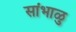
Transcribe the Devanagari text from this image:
सांभाळु